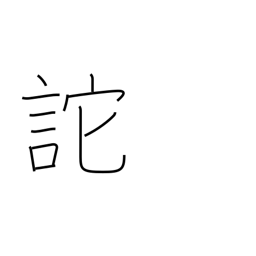
Meaning: delude